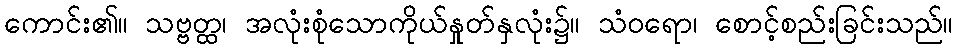
ကောင်း၏။ သဗ္ဗတ္ထ၊ အလုံးစုံသောကိုယ်နှုတ်နှလုံး၌။ သံဝရော၊ စောင့်စည်းခြင်းသည်။